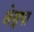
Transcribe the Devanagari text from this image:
ब्रेड्षा